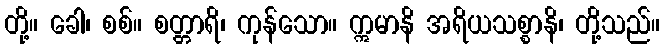
တို့။ ခေါ၊ စစ်။ စတ္တာရိ၊ ကုန်သော။ ဣမာနိ အရိယသစ္စာနိ၊ တို့သည်။